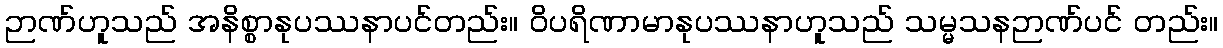
ဉာဏ်ဟူသည် အနိစ္စာနုပဿနာပင်တည်း။ ဝိပရိဏာမာနုပဿနာဟူသည် သမ္မသနဉာဏ်ပင် တည်း။